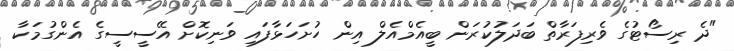
"ދެ ރިސޯޓުގެ ވެރިފަރާތް ބަދަލުކުރަން ބީއެމްއެލް އިން ހުށަހަޅާފައި ވަނިކޮށް އޭސީސީގެ އެންގުމަކާ